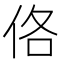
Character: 佫